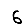
Digit: 6